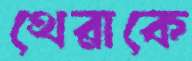
থেরাকে